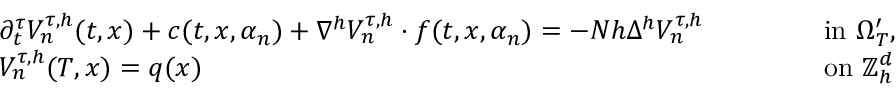
\begin{array} { r l r l } & { \partial _ { t } ^ { \tau } V _ { n } ^ { \tau , h } ( t , x ) + c ( t , x , \alpha _ { n } ) + \nabla ^ { h } V _ { n } ^ { \tau , h } \cdot f ( t , x , \alpha _ { n } ) = - N h \Delta ^ { h } V _ { n } ^ { \tau , h } \qquad } & & { \mathrm { ~ i n ~ } \Omega _ { T } ^ { \prime } , } \\ & { V _ { n } ^ { \tau , h } ( T , x ) = q ( x ) \qquad } & & { \mathrm { ~ o n ~ } { \mathbb { Z } } _ { h } ^ { d } } \end{array}